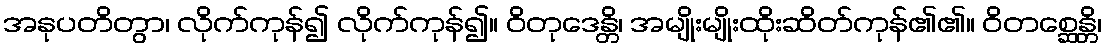
အနုပတိတွာ၊ လိုက်ကုန်၍ လိုက်ကုန်၍။ ဝိတုဒေန္တိ၊ အမျိုးမျိုးထိုးဆိတ်ကုန်၏၏။ ဝိတစ္ဆေန္တိ၊